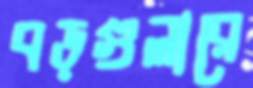
বড়গুলারে